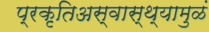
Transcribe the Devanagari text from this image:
प्रकृतिअस्वास्थ्यामुळं